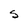
Character: S